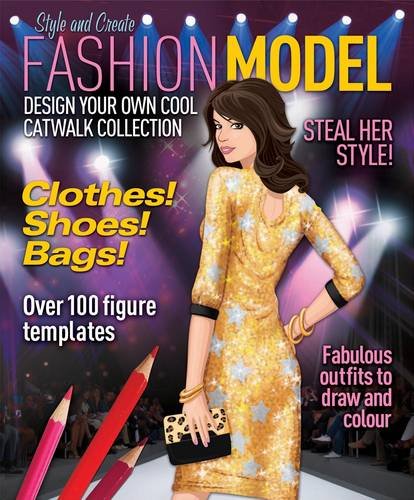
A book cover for Fashion Model: Design Your Own Catwalk Collection. Steve Sims; Steve Sims; Arts & Photography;